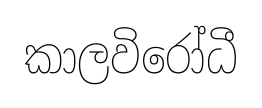
කාලවිරෝධී